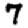
Digit: 7